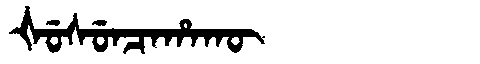
Manchu: ᡧᡠᠰᡠᠨᠴᠠᡥᠠᡴᡡ
Romanization: ŠUSUNCAHAKŪ